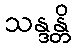
သန္ဒန္တိ